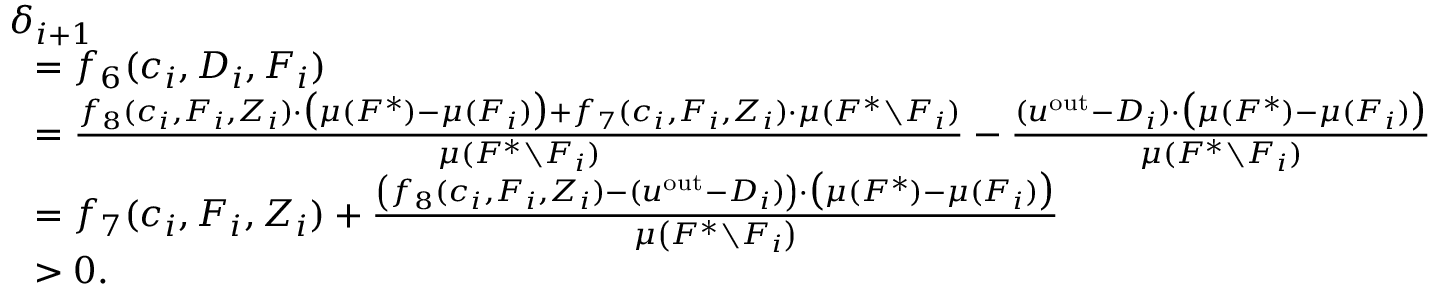
\begin{array} { r l } & { \delta _ { i + 1 } } \\ { } & { ~ ~ = f _ { 6 } ( c _ { i } , D _ { i } , F _ { i } ) } \\ { } & { ~ ~ = \frac { f _ { 8 } ( c _ { i } , F _ { i } , Z _ { i } ) \cdot \big ( \mu ( F ^ { * } ) - \mu ( F _ { i } ) \big ) + f _ { 7 } ( c _ { i } , F _ { i } , Z _ { i } ) \cdot \mu ( F ^ { * } \setminus F _ { i } ) } { \mu ( F ^ { * } \setminus F _ { i } ) } - \frac { ( u ^ { \mathrm { o u t } } - D _ { i } ) \cdot \big ( \mu ( F ^ { * } ) - \mu ( F _ { i } ) \big ) } { \mu ( F ^ { * } \setminus F _ { i } ) } } \\ { } & { ~ ~ = f _ { 7 } ( c _ { i } , F _ { i } , Z _ { i } ) + \frac { \left( f _ { 8 } ( c _ { i } , F _ { i } , Z _ { i } ) - ( u ^ { \mathrm { o u t } } - D _ { i } ) \right) \cdot \big ( \mu ( F ^ { * } ) - \mu ( F _ { i } ) \big ) } { \mu \left( F ^ { * } \setminus F _ { i } \right) } } \\ { } & { ~ ~ > 0 . } \end{array}